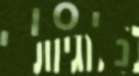
ניסוי